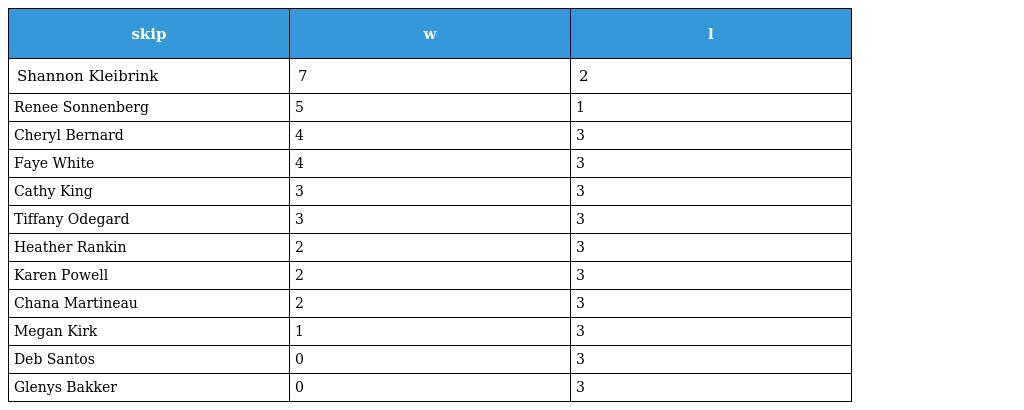
| skip | w | l |
 | --- | --- | --- |
 | Shannon Kleibrink | 7 | 2 |
 | Renee Sonnenberg | 5 | 1 |
 | Cheryl Bernard | 4 | 3 |
 | Faye White | 4 | 3 |
 | Cathy King | 3 | 3 |
 | Tiffany Odegard | 3 | 3 |
 | Heather Rankin | 2 | 3 |
 | Karen Powell | 2 | 3 |
 | Chana Martineau | 2 | 3 |
 | Megan Kirk | 1 | 3 |
 | Deb Santos | 0 | 3 |
 | Glenys Bakker | 0 | 3 |